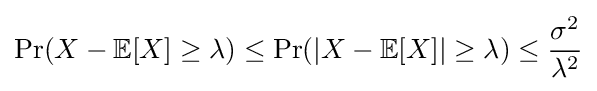
\Pr(X-\mathbb {E} [X]\geq \lambda )\leq \Pr(|X-\mathbb {E} [X]|\geq \lambda )\leq {\frac {\sigma ^{2}}{\lambda ^{2}}}